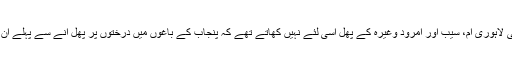
حضرت مولانا احمد علی لاہوریؒ آم، سیب اور امرود وغیرہ کے پھل اسی لئے نہیں کھاتے تھے کہ پنجاب کے باغوں میں درختوں پر پھل آنے سے پہلے ان کا سودا کر لیا جاتا ہے۔